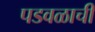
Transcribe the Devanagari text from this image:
पडवळाची